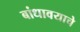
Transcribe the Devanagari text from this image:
बांधावयाचे